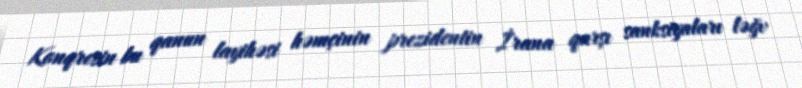
Konqresin bu qanun layihəsi həmçinin prezidentin İrana qarşı sanksiyaları ləğv